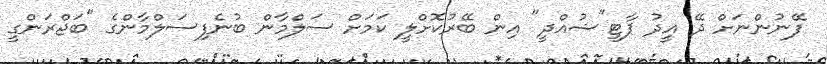
ފޭނުންނަށް ދޭ އީދު ޕާޓީ"ޝުއްދީ" އިން ބޭރުކޮށްލީ ކަމަށް ސަލްމާން ބުނެފިސަލްމާންގެ "ބަޖްރަންގީ